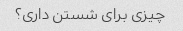
چیزی برای شستن داری؟